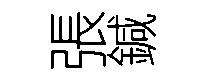
張鍼